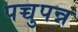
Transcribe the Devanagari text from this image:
पच्चुपन्न